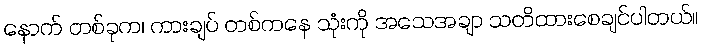
နောက် တစ်ခုက၊ ကားချပ် တစ်ကနေ သုံးကို အသေအချာ သတိထားစေချင်ပါတယ်။